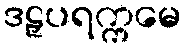
ဒဠှပရက္ကမေ